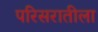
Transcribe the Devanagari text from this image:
परिसरातीला